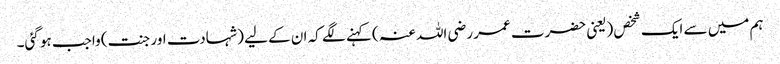
ہم میں سے ایک شخص (یعنی حضرت عمر رضی اللہ عنہ ) کہنے لگے کہ ان کے لیے (شہادت اور جنت) واجب ہو گئی۔